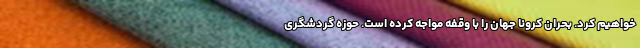
خواهیم کرد. بحران کرونا جهان را با وقفه مواجه کرده است. حوزه گردشگری